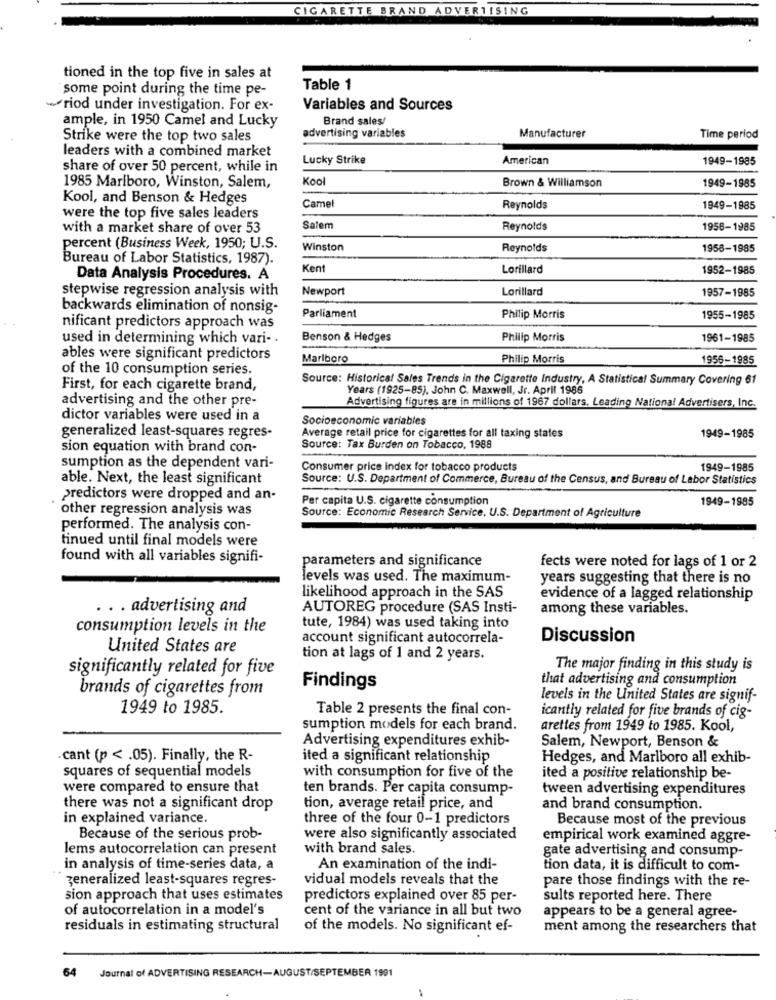
CIGARETTE BRAND ADVERTISING
tioned in the top five in sales at
some point during the time pe-
Table 1
riod under investigation. For ex-
Variables and Sources
ample, in 1950 Camel and Lucky
Brand sales/
advertising variables
Manufacturer
Strike were the top two sales
Time period
leaders with a combined market
Lucky Strike
American
1949-1985
share of over 50 percent, while in
Kool
Brown & Williamson
1985 Marlboro, Winston, Salem,
1949-1985
Kool, and Benson & Hedges
Camel
Reynolds
1949-1885
were the top five sales leaders
with a market share of over 53
Salem
Reynolds
1956-1985
percent (Business Week, 1950; U.S.
Winston
Reynolds
1958-1985
Bureau of Labor Statistics, 1987).
Kent
Lorillard
1952-1985
Data Analysis Procedures. A
stepwise regression analysis with
Newport
Lorillard
1957-1985
backwards elimination of nonsig-
Parliament
Philip Morris
1955-1985
nificant predictors approach was
used in determining which vari -.
Benson & Hedges
Philip Morris
1961-1985
ables were significant predictors
Marlboro
Philip Morris
1956-1985
of the 10 consumption series.
Source: Historical Sales Trends in the Cigarette Industry, A Statistical Summary Covering 61
First, for each cigarette brand,
Years (1925-85), John C. Maxwell, Jr. April 1986
advertising and the other pre-
Advertising figures are in millions of 1967 dollars, Leading National Advertisers, Inc.
dictor variables were used in a
Socioeconomic variables
generalized least-squares regres-
Average retail price for cigarettes for all taxing states
1949-1985
sion equation with brand con-
Source: Tax Burden on Tobacco, 1988
sumption as the dependent vari-
Consumer price index for tobacco products
1949-1985
able. Next, the least significant
Source: U.S. Department of Commerce, Bureau of the Census, and Bureau of Labor Statistics
Predictors were dropped and an-
Per capita U.S. cigarette consumption
1949-1985
other regression analysis was
Source: Economic Research Service, U.S. Department of Agriculture
performed. The analysis con-
tinued until final models were
found with all variables signifi-
parameters and significance
fects were noted for lags of 1 or 2
levels was used. The maximum-
years suggesting that there is no
likelihood approach in the SAS
evidence of a lagged relationship
.. . advertising and
AUTOREG procedure (SAS Insti-
among these variables.
consumption levels in the
tute, 1984) was used taking into
account significant autocorrela-
Discussion
United States are
tion at lags of 1 and 2 years.
significantly related for five
The major finding in this study is
that advertising and consumption
brands of cigarettes from
Findings
levels in the United States are signif-
1949 to 1985.
Table 2 presents the final con-
icantly related for five brands of cig-
sumption models for each brand.
arettes from 1949 to 1985. Kool,
Advertising expenditures exhib-
Salem, Newport, Benson &
.cant (p < . 05). Finally, the R-
ited a significant relationship
Hedges, and Marlboro all exhib-
squares of sequential models
with consumption for five of the
ited a positive relationship be-
were compared to ensure that
ten brands. Per capita consump-
tween advertising expenditures
there was not a significant drop
tion, average retail price, and
and brand consumption.
in explained variance.
three of the four 0-1 predictors
Because most of the previous
Because of the serious prob-
were also significantly associated
empirical work examined aggre-
lems autocorrelation can present
with brand sales.
gate advertising and consump-
in analysis of time-series data, a
An examination of the indi-
tion data, it is difficult to com-
generalized least-squares regres-
vidual models reveals that the
pare those findings with the re-
sion approach that uses estimates
predictors explained over 85 per-
sults reported here. There
of autocorrelation in a model's
cent of the variance in all but two
appears to be a general agree-
residuals in estimating structural
of the models. No significant ef-
ment among the researchers that
64
Journal of ADVERTISING RESEARCH-AUGUST/SEPTEMBER 1991